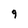
Character: 9